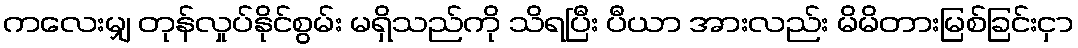
ကလေးမျှ တုန်လှုပ်နိုင်စွမ်း မရှိသည်ကို သိရပြီး ပီယာ အားလည်း မိမိတားမြစ်ခြင်းငှာ